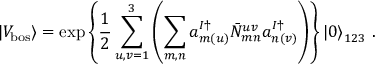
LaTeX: \left| V _ { \mathrm { b o s } } \right> = \exp \left\{ \frac { 1 } { 2 } \sum _ { u , v = 1 } ^ { 3 } \left( \sum _ { m , n } a _ { m ( u ) } ^ { I \dagger } { \bar { N } } _ { m n } ^ { u v } a _ { n ( v ) } ^ { I \dagger } \right) \right\} \left| 0 \right> _ { 1 2 3 } \, .